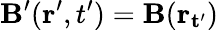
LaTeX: \mathbf{B}^{\prime}(\mathbf{r^{\prime}},t^{\prime})=\mathbf{B}(\mathbf{r_{t^{\prime}}})